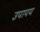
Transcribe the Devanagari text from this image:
उपापय